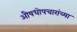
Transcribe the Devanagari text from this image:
औषधोपचारांच्या